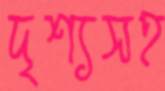
দৃশ্যসহ